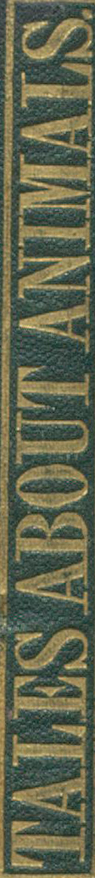
TALES ABOUT ANIMALS